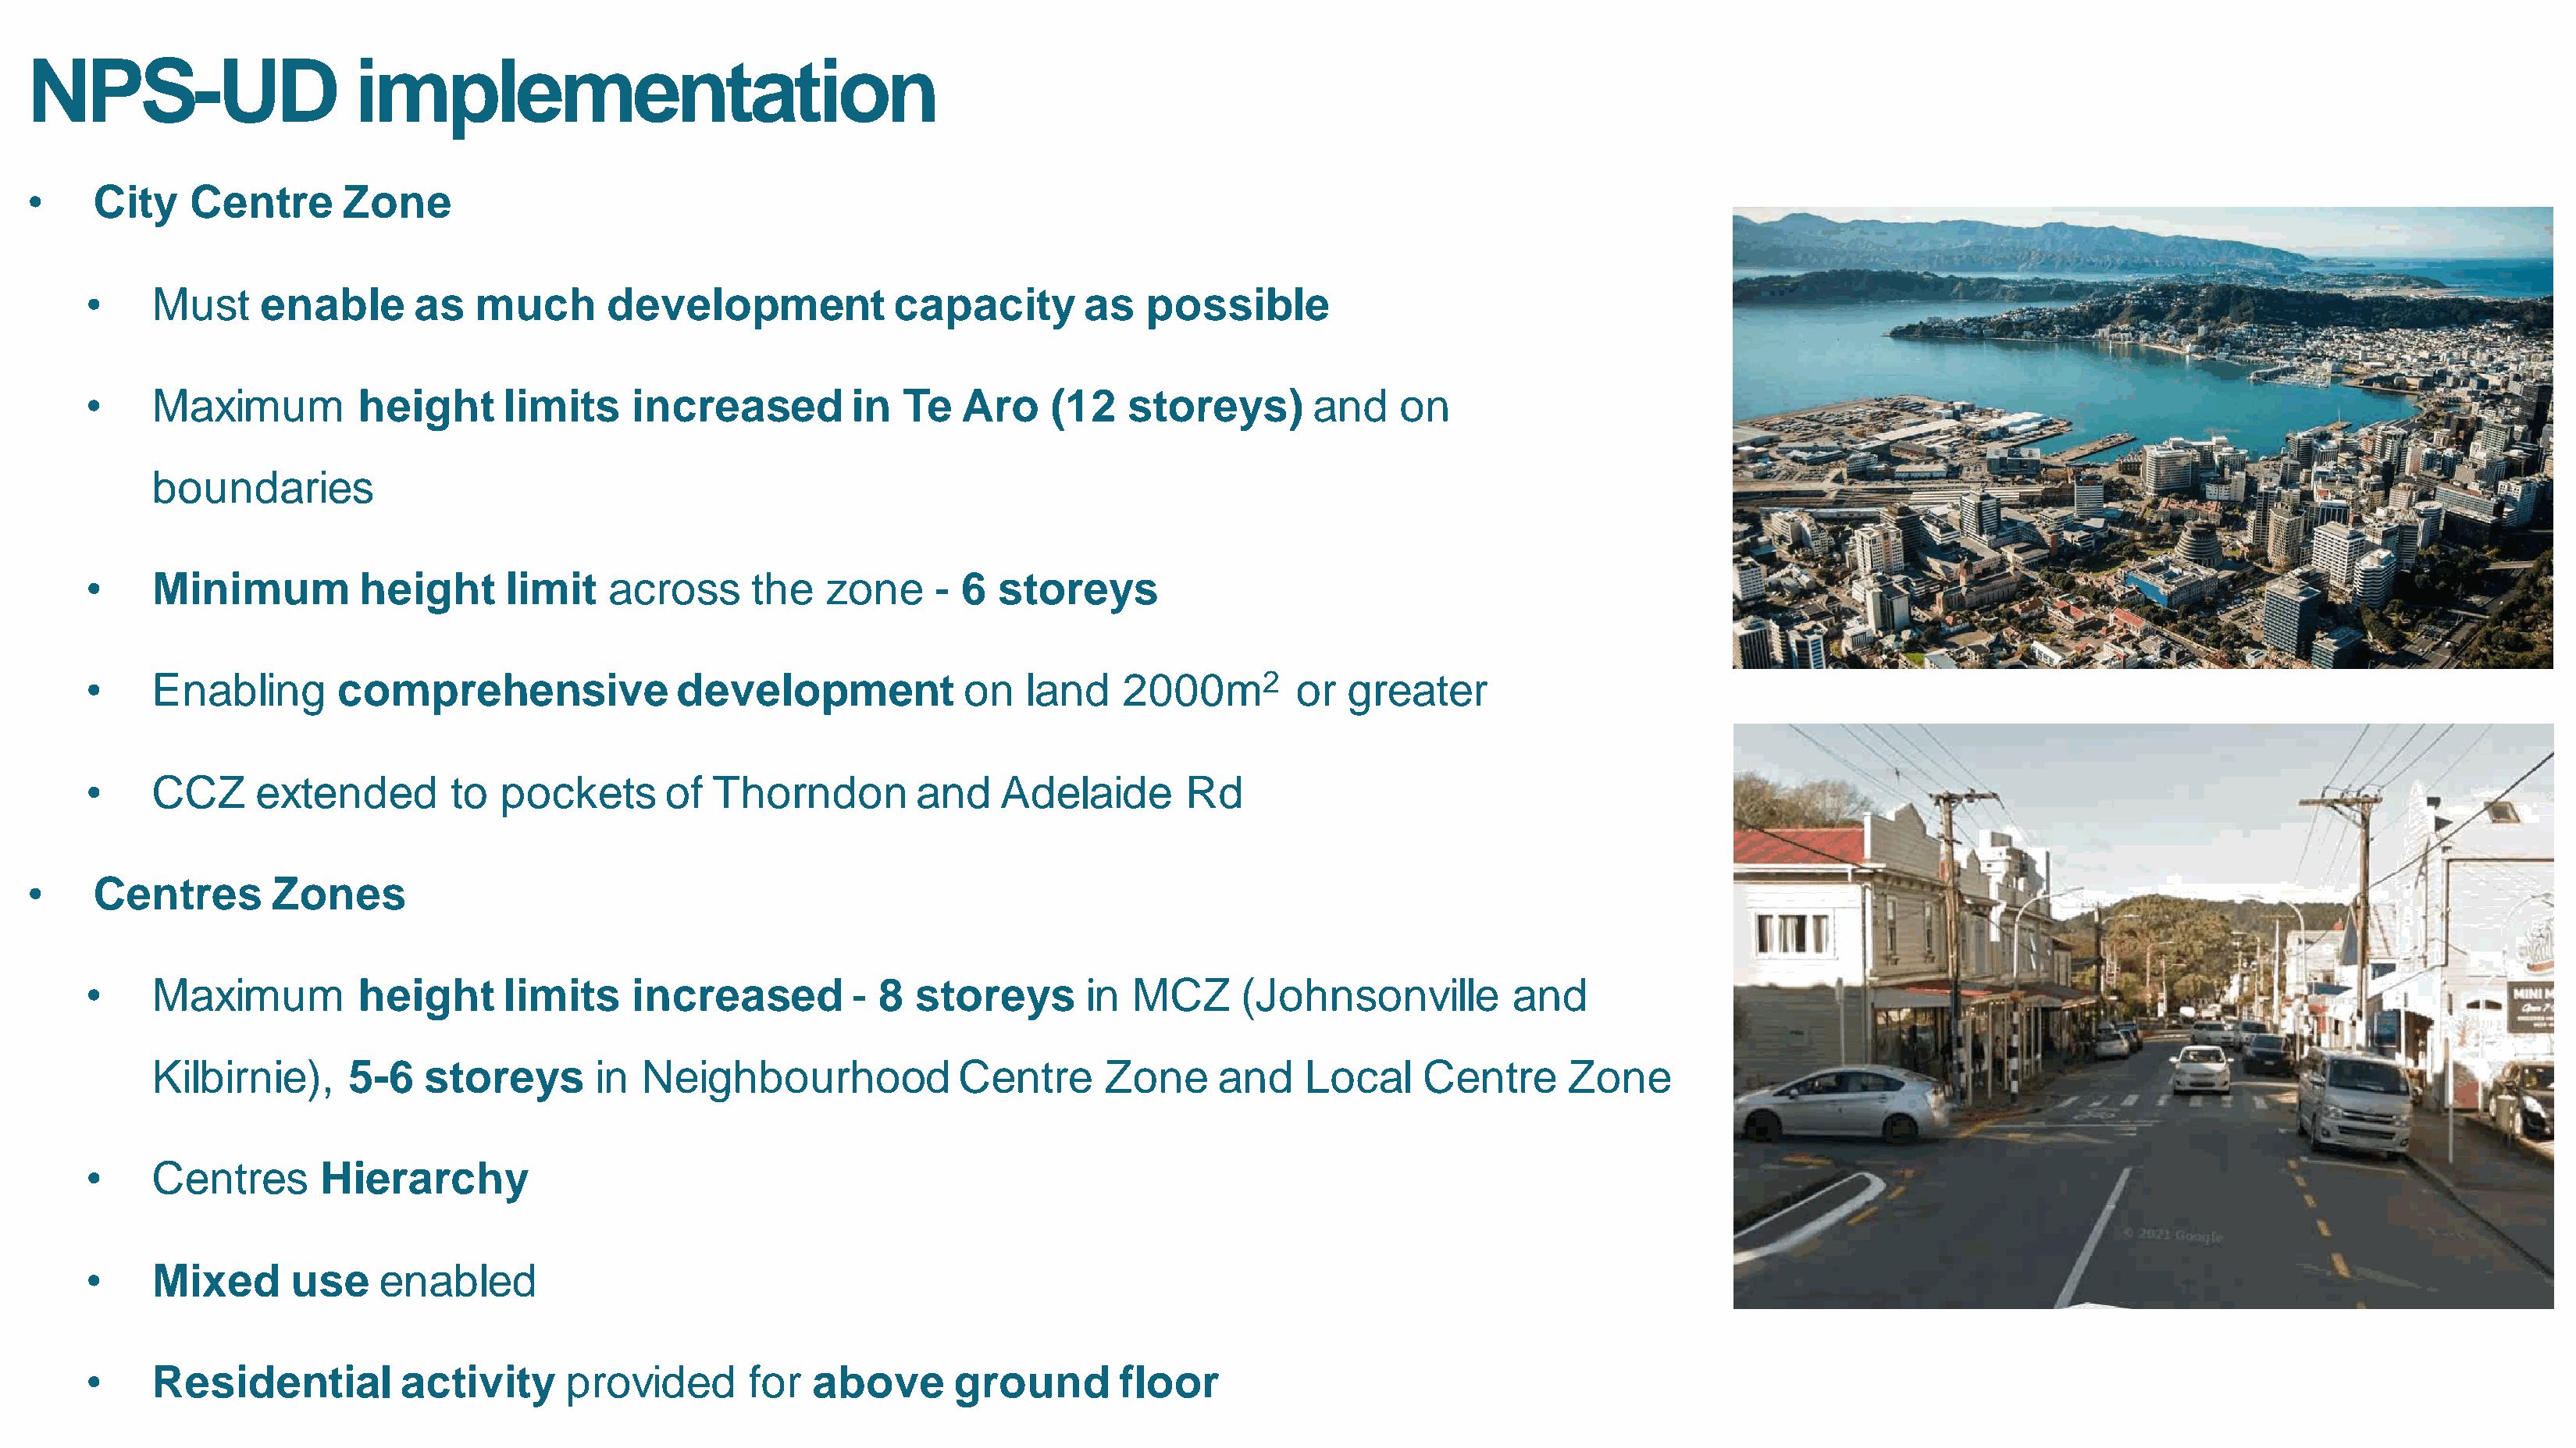
NPS-UD                      implementation
 •     City    Centre       Zone
 •     Must     enable       as   much       development              capacity        as   possible
 •     Maximum          height       limits     increased         in   Te   Aro    (12    storeys)       and     on
 boundaries
 •     Minimum          height       limit    across      the   zone     - 6   storeys
 •     Enabling        comprehensive               development              on   land    2000m2         or  greater
 •     CCZ      extended        to  pockets       of  Thorndon          and    Adelaide       Rd
 •     Centres        Zones
 •     Maximum          height       limits     increased         - 8   storeys       in  MCZ      (Johnsonville          and
 Kilbirnie),      5-6   storeys       in  Neighbourhood              Centre       Zone     and     Local     Centre      Zone
 •     Centres       Hierarchy
 •     Mixed       use    enabled
 •     Residential          activity      provided       for   above       ground        floor